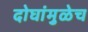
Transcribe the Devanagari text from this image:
दोघांमुळेच